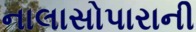
નાલાસોપારાની